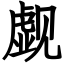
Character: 觑